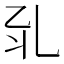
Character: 𠃡